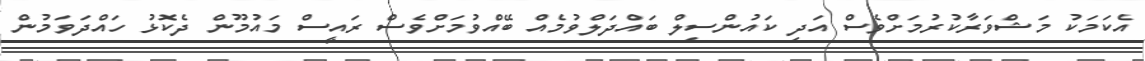
އެކަމަކު މަޝްވަރާކުރުމަށްވެސް އަދި ކައުންސިލް ބައްދަލްވުމެއް ބޭއްވުމަށްވެސް ރައީސް މައުމޫން ދެކޮޅު ހައްދަވަމުން